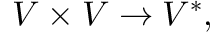
V \times V \to V ^ { * } ,